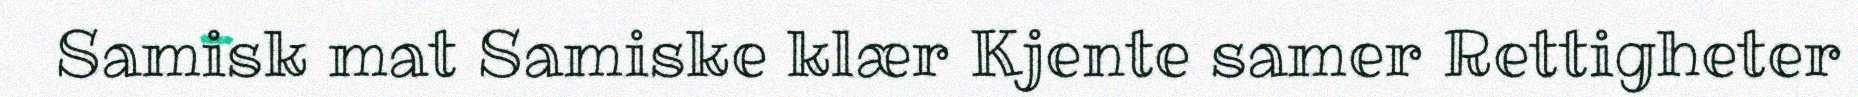
Samisk mat Samiske klær Kjente samer Rettigheter